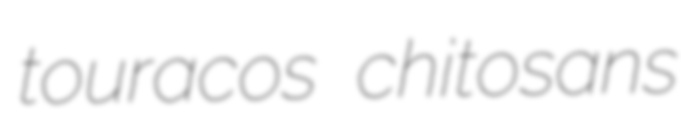
touracos chitosans